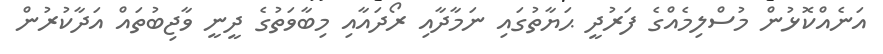
އަނެއްކޮޅުން މުސްލިމެއްގެ ފަރުދީ ޙަޔާތުގައި ނަމާދާއި ރޯދައާއި މިބާވަތުގެ ދީނީ ވާޖިބުތައް އަދާކުރުން